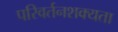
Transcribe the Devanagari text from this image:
परिवर्तनशक्यता